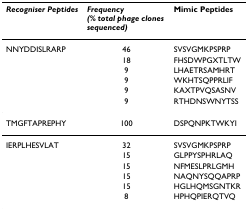
<table><thead><tr><td><b><i>Recogniser Peptides</i></b></td><td><b><i>Frequency (% total phage clones sequenced)</i></b></td><td><b>Mimic Peptides</b></td></tr></thead><tbody><tr><td>NNYDDISLRARP</td><td>46</td><td>SVSVGMKPSPRP</td></tr><tr><td></td><td>18</td><td>FHSDWPGXTLTW</td></tr><tr><td></td><td>9</td><td>LHAETRSAMHRT</td></tr><tr><td></td><td>9</td><td>WKHTSQPPRLIF</td></tr><tr><td></td><td>9</td><td>KAXTPVQSASNV</td></tr><tr><td></td><td>9</td><td>RTHDNSWNYTSS</td></tr><tr><td>TMGFTAPREPHY</td><td>100</td><td>DSPQNPKTWKYI</td></tr><tr><td>IERPLHESVLAT</td><td>32</td><td>SVSVGMKPSPRP</td></tr><tr><td></td><td>15</td><td>GLPPYSPHRLAQ</td></tr><tr><td></td><td>15</td><td>NFMESLPRLGMH</td></tr><tr><td></td><td>15</td><td>NAQNYSQQAPRP</td></tr><tr><td></td><td>15</td><td>HGLHQMSGNTKR</td></tr><tr><td></td><td>8</td><td>HPHQPIERQTVQ</td></tr></tbody></table>